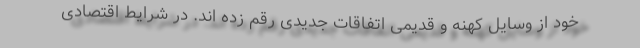
خود از وسایل کهنه و قدیمی اتفاقات جدیدی رقم زده اند. در شرایط اقتصادی